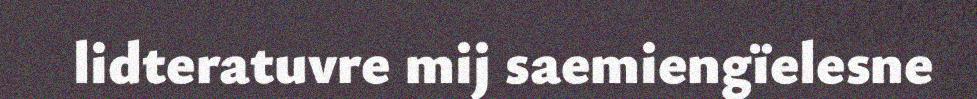
lidteratuvre mij saemiengïelesne